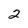
Character: 2